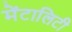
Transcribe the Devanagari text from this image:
मेंटालिटी